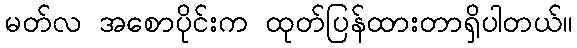
မတ်လ အစောပိုင်းက ထုတ်ပြန်ထားတာရှိပါတယ်။